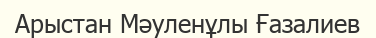
Арыстан Мәуленұлы Ғазалиев